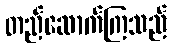
တည်ဆောက်ကြသည်